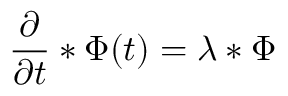
{ \frac { \partial } { \partial t } } * \Phi ( t ) = \lambda * \Phi